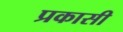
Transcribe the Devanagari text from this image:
प्रकासी